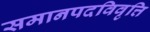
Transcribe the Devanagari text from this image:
समानपदविवृत्ति